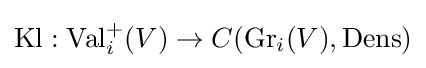
\operatorname {Kl} :\operatorname {Val} _{i}^{+}(V)\to C(\operatorname {Gr} _{i}(V),\operatorname {Dens} )